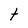
Character: t